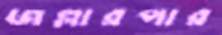
জল্লারপার